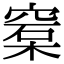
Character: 𥦼